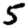
Digit: 5